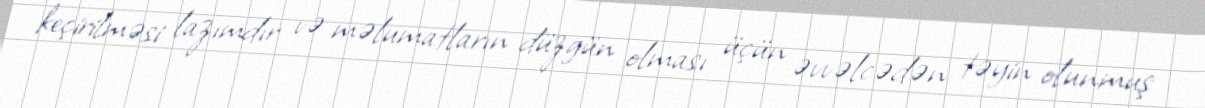
keçirilməsi lazımdır və məlumatların düzgün olması üçün əvvəlcədən təyin olunmuş